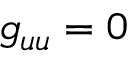
g _ { u u } = 0